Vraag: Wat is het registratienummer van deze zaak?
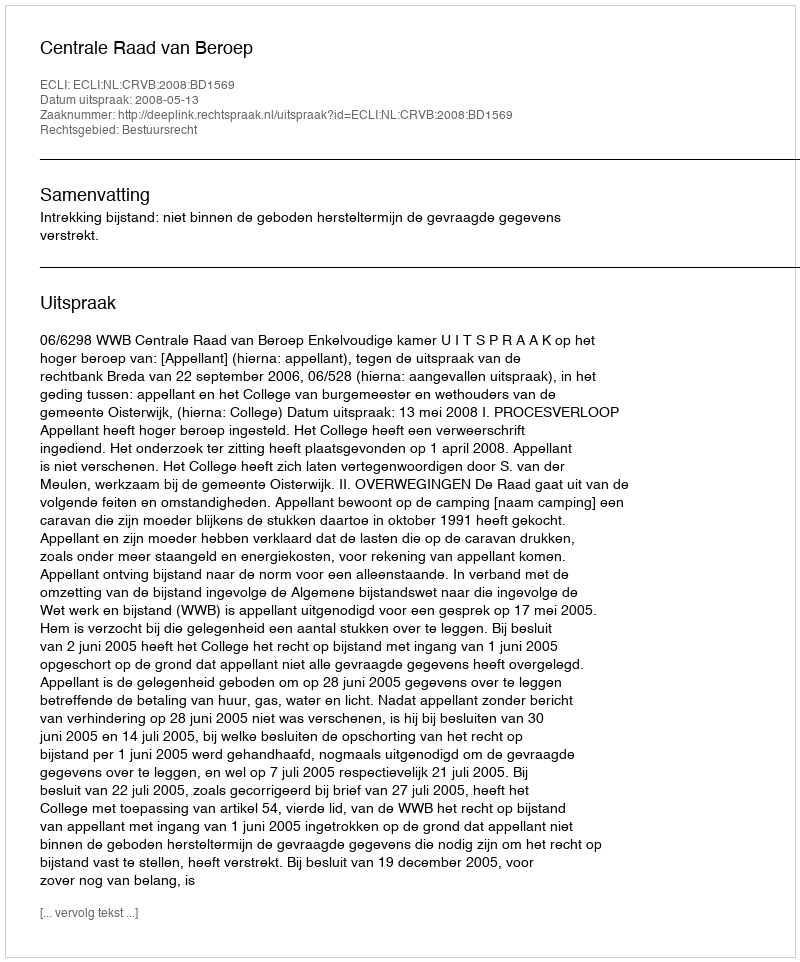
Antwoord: http://deeplink.rechtspraak.nl/uitspraak?id=ECLI:NL:CRVB:2008:BD1569